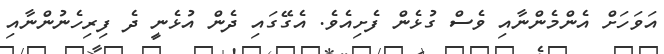
އަވަހަށް އެންމެންނާއި ވެސް ގުޅެން ފެށިއެވެ. އެގޭގައި ދެން އުޅެނީ ދެ ފިރިހެނުންނާއި